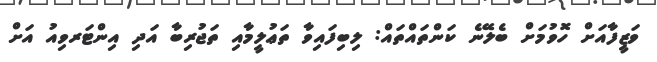
ވަޒީފާއަށް ހޮވުމަށް ބެލޭނެ ކަންތައްތައް: ލިބިފައިވާ ތަޢުލީމާއި ތަޖުރިބާ އަދި އިންޓަރވިއު އަށް